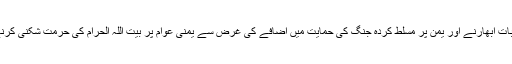
آل سعود یمن میںناکامی کو چھپانے اور شکست پر پردہ ڈال کر عالم اسلام کے جذبات ابھارنے اور یمن پر مسلط کردہ جنگ کی حمایت میں اضافے کی غرض سے یمنی عوام پر بیت اللہ الحرام کی حرمت شکنی کرنے کے بے بنیاد الزامات سے فرقہ واریت کو ہوا دینے کی کوششوں میں مگن ہے۔